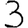
Digit: 3